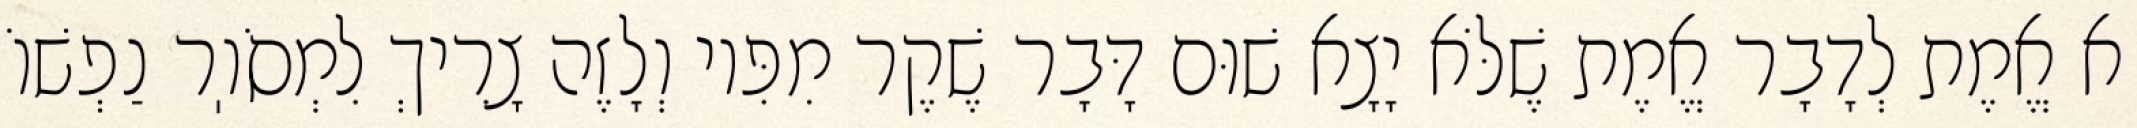
א אֱמֶת לְדָבָר אֱמֶת שֶׁלֹּא יָצָא שׁוּם דָּבָר שֶׁקֶר מִפִּיו וְלָזֶה צָרִיךְ לִמְסֹוֽר נַפְשׁוֹ